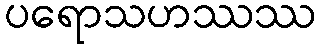
ပရောသဟဿဿ